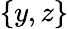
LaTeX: \{ y,z\}